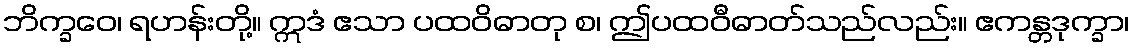
ဘိက္ခဝေ၊ ရဟန်းတို့။ ဣဒံ ဧသာ ပထဝိဓာတု စ၊ ဤပထဝီဓာတ်သည်လည်း။ ဧကန္တဒုက္ခာ၊